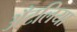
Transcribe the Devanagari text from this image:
अँटलिया